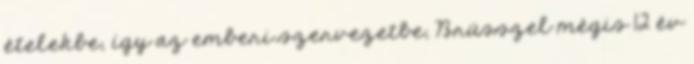
ételekbe, így az emberi szervezetbe, Brüsszel mégis 12 év